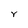
Character: Y